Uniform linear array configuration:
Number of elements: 64
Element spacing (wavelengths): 1
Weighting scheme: exponential
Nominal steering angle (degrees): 60
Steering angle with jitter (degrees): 59.637
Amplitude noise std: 0.05
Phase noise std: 0.05

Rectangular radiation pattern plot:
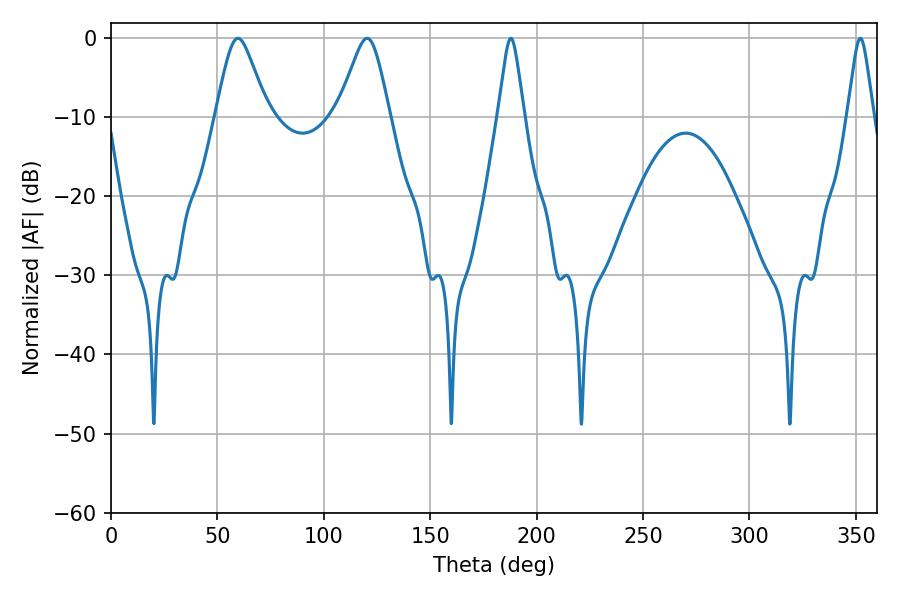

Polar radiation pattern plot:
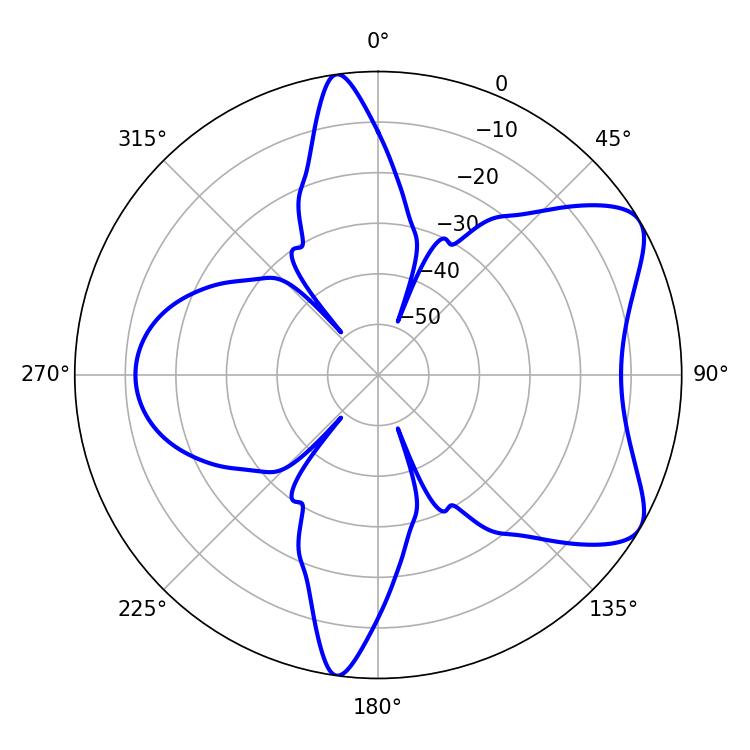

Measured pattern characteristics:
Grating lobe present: TRUE
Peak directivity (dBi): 7.097
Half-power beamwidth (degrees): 11.7
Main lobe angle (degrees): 59.58